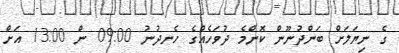
ގެ ނިޔަލަށް ބަންދުނޫން ކޮންމެ ދުވަހެއްގެ ހެނދުނު 09:00 ން 13:00 އަށް